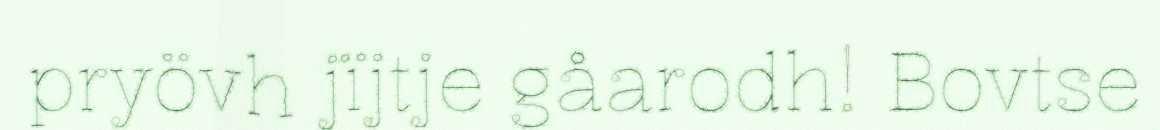
pryövh jïjtje gåarodh! Bovtse